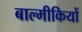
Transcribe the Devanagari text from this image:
बाल्मीकियों